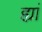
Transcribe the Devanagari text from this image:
ह्यां